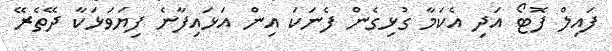
ފައިލް ފޮޓޯ އަދި އެކަމާ ގުޅިގެން ފެނަކަ އިން އަޅައިފާނެ ފިޔަވަޅަކާ ދޭތެރޭ